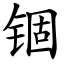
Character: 锢